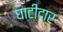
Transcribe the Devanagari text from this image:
घाटीदार